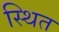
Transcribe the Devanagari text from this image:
स्थित